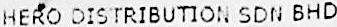
HERO DISTRIBUTION SDN BHD